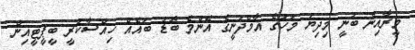
މީރާއިން ބުނީ މިދިޔަ މަހުގެ އާމްދަނީގެ އެންމެ ބޮޑު ބައެއް ހިއްސާކުރީ ބީޕީޓީއިން